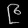
Digit: ၉